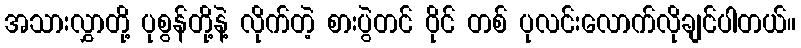
အသားလွှာတို့ ပုစွန်တို့နဲ့ လိုက်တဲ့ စားပွဲတင် ဝိုင် တစ် ပုလင်းလောက်လိုချင်ပါတယ်။